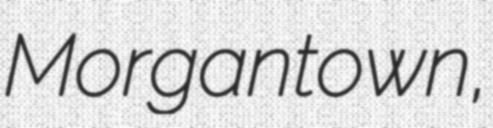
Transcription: Morgantown,